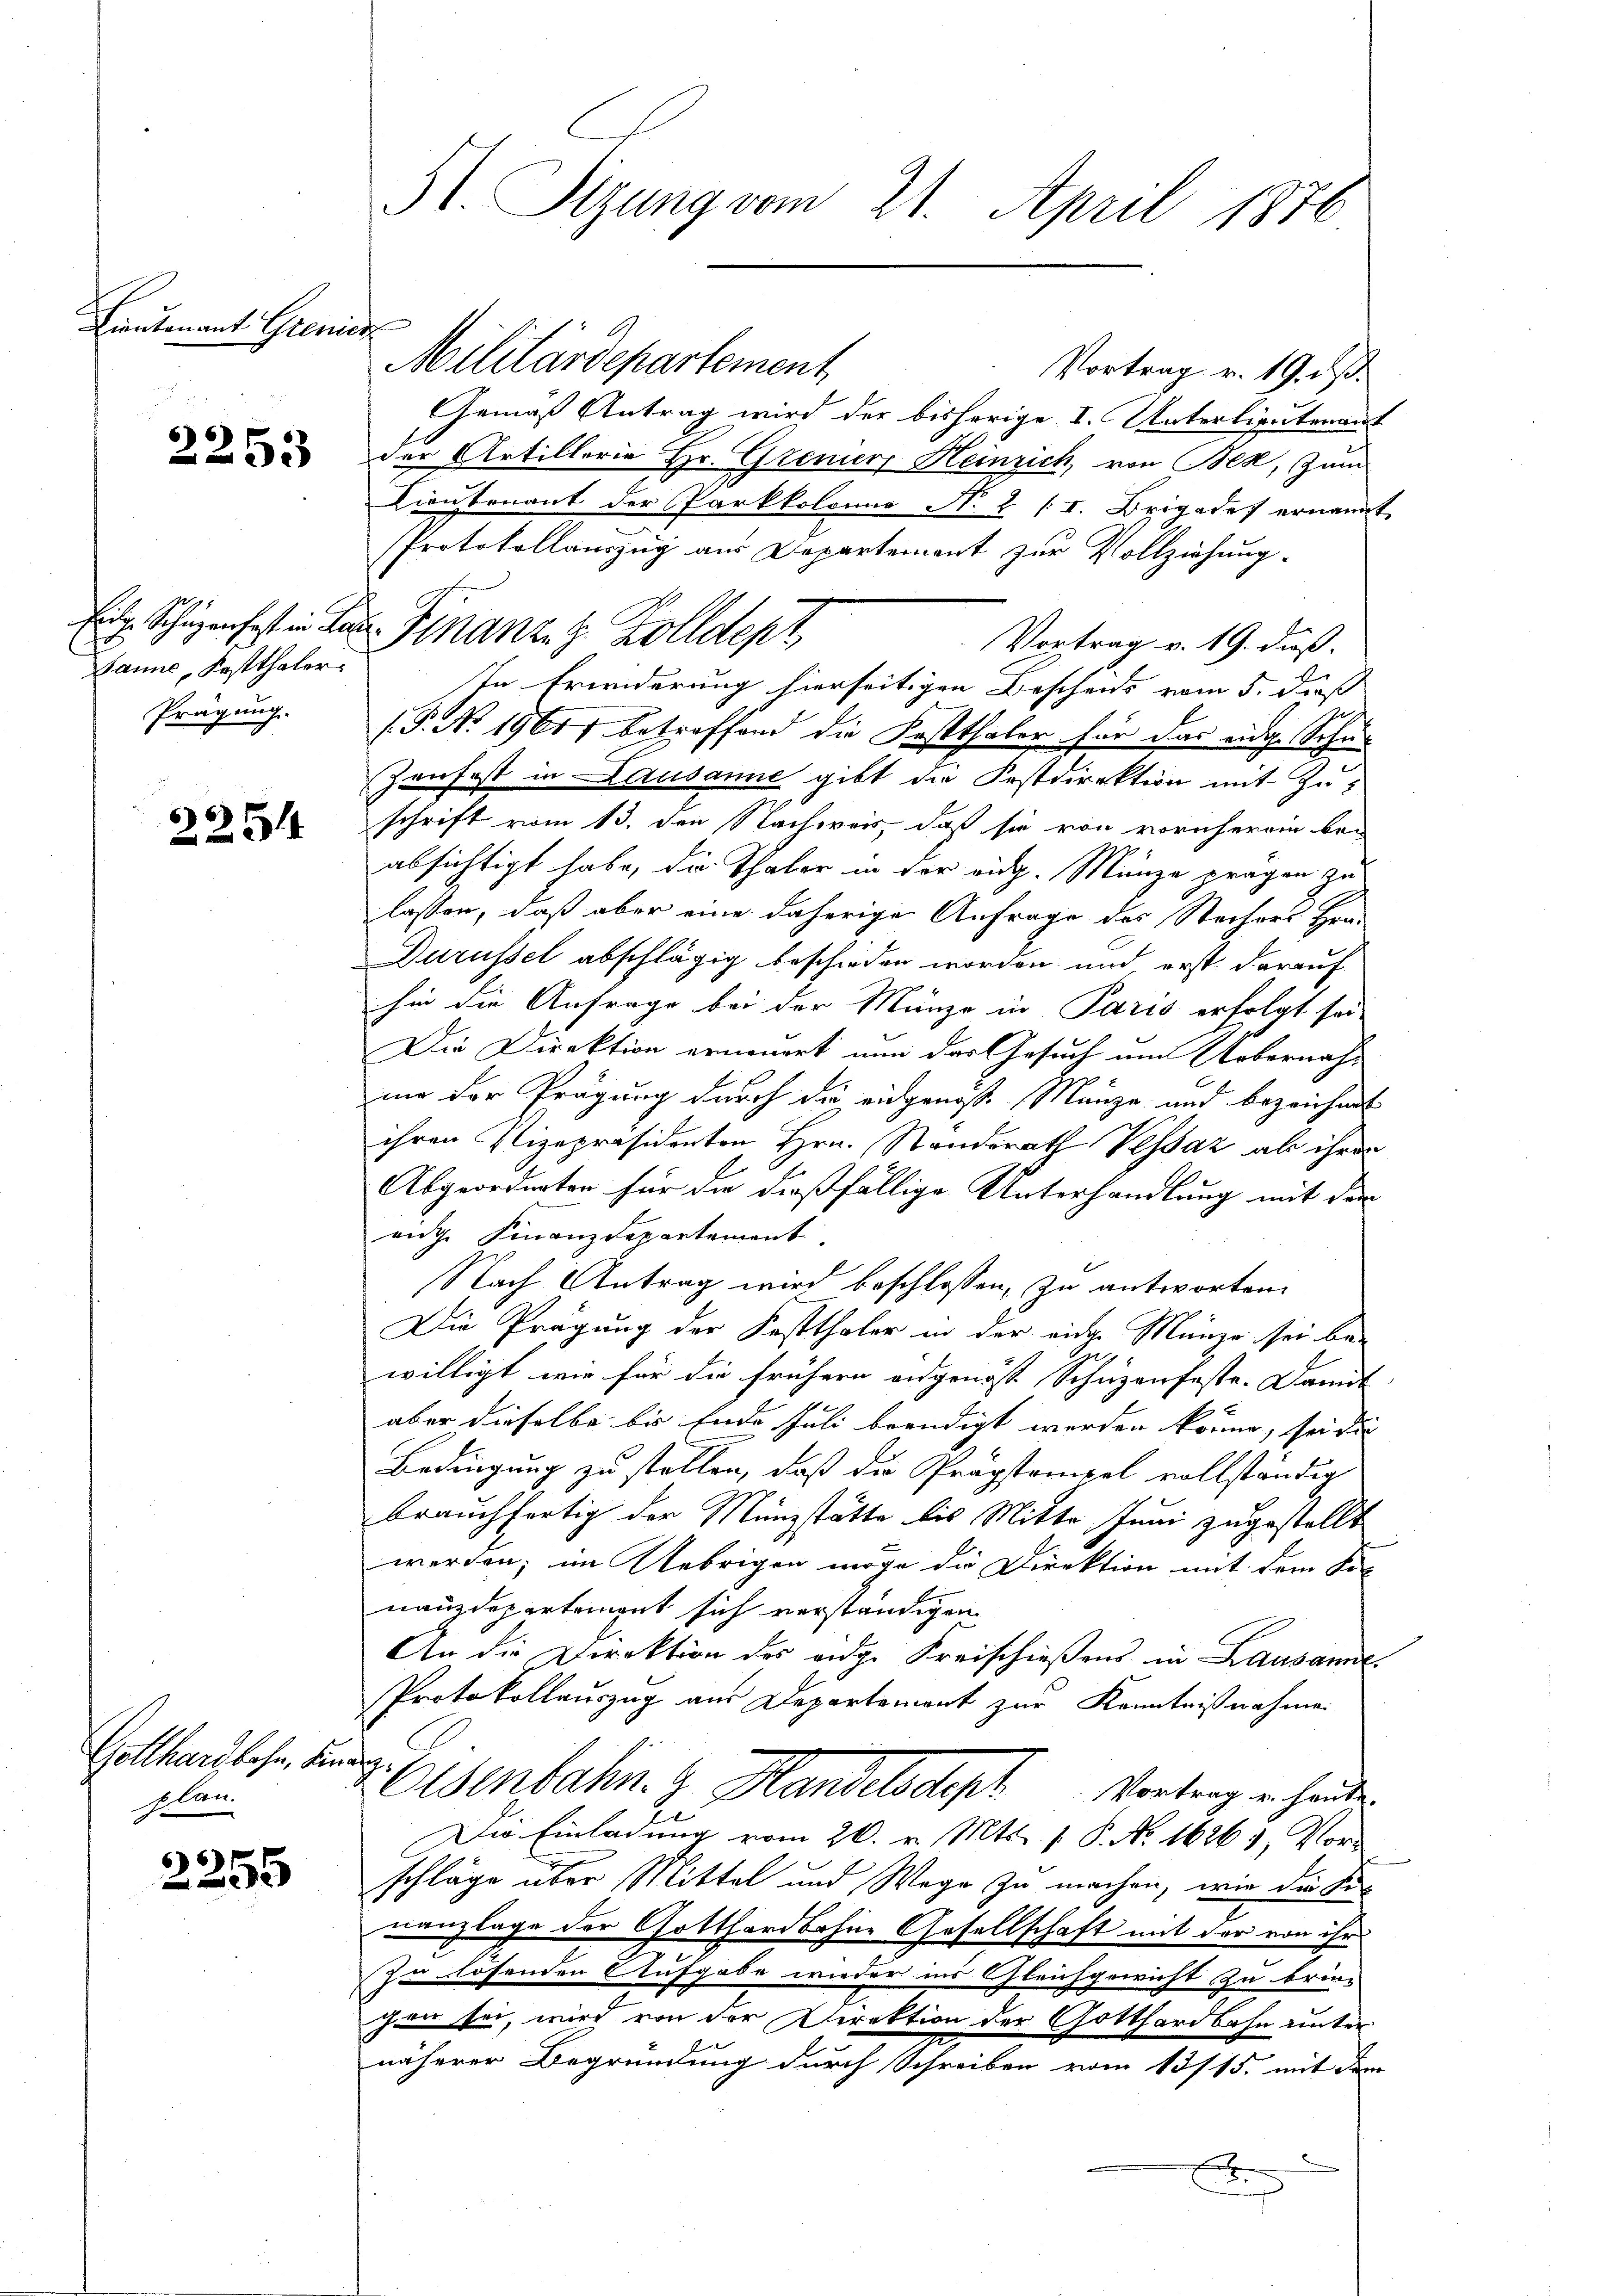
Lieutenant Grenies

2253

Banne, Festthaler
Prägung.

2254

Gotthardbahn, die
plan.

2255

St. Sizung vom 21. April 1876

Militärdepartement
Vortrag v. 19. d.
Gemäß Antrag wird der bisherige I. Unterlieutenant
der Artillerie Hr. Grener Heinrich, von Bek, zum
Lieutenant der Parkkolonie No. 2 (I. Brigadef ernannt,
Protokollauszug aus Departement zur Vollziehung.
Vortrag v. 19. dieß.
In Erwiderung hierseitigen Bescheids vom 5. dieß
(P. No. 1961 betroffend die Fastthaler für das eidg. Schu¬
Zenfest in Lausanne gibt die Postdirektion mit Zuschrift vom 13. den Nachweis, daß sie von vornherem bei
absichtigt habe, die Thaler in der aug. Münze prägen zu
lassen, daß aber eine daherige Anfrage des Stechers Hrn.
Durüssel abschlägig beschieden worden und erst darauf
hin die Anfrage bei der Münze in Paris erfolgt sei
Die Direktion erneuert nun das Gesuch um Uebernahmi der Prägung durch die eidgangs Manze und bezeichnet
ihren Vizepräsidenten Hrn. Standerath Vessaz ab ihren
Abgeordneten für die dießfällige Unterhandlung mit dem
aige Finanzdepartement
Nach Antrag wird beschlossen, zu antworten.
Die Prägung der Fastthaler in der eidge Münze sei be-
willigt wie für die frühern angenoss Schuzenfeste. Damit
aber dieselbe bis Ende Juli beendigt werden könne, sei die |
Bedingung zu stellen, daß die Prägstompel vollständig
brauchfertig der Münzstätte bis Mitte Juni zugestellt
werden; im Uebrigen möge die Direktion mit dem Kol-
nanzdepartement sich verständigen
An die Direktion des ange Kreischießens in Lausamme
Protokollauszug aus Departement zur Kenntnißnahme
77.
Osenbahn. G. Handelsdept Vortrag er heute.
2
Die Einladung vom 26. v. Mts. 1. P. No 16263, Vor-
schläge über Mittel und Wege zu machen, wie die Finanzlage der Gotthardbohne Gesellschaft mit der von ihr
Zu lösenden Aufgabe wieder ins Gleichgewicht zu brin-
fen sei, wird von der Direktion der Gotthardbahn unter
näherer Begründung durch Schreiben vom 13/15. mit dem
x

Eidg. Schäzenfest in der Finanze z. Zolldept